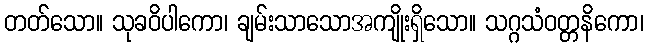
တတ်သော။ သုခဝိပါကော၊ ချမ်းသာသောအကျိုးရှိသော။ သဂ္ဂသံဝတ္တနိကော၊